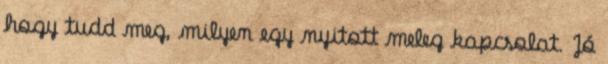
hogy tudd meg, milyen egy nyitott meleg kapcsolat. Jó